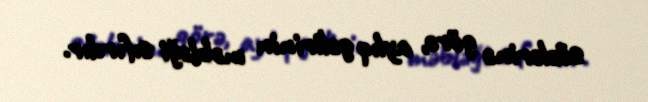
sözlərinə görə, aylıq gəlirinin məbləği sıfırdır.